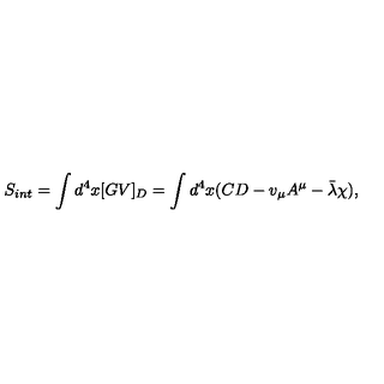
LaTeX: S _ { i n t } = \int d ^ { 4 } x [ G V ] _ { D } = \int d ^ { 4 } x ( C D - v _ { \mu } A ^ { \mu } - \bar { \lambda } \chi ) ,